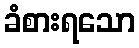
ခံစားရသော